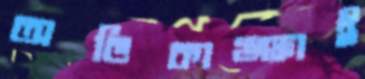
অভিকাঙ্ক্ষাই